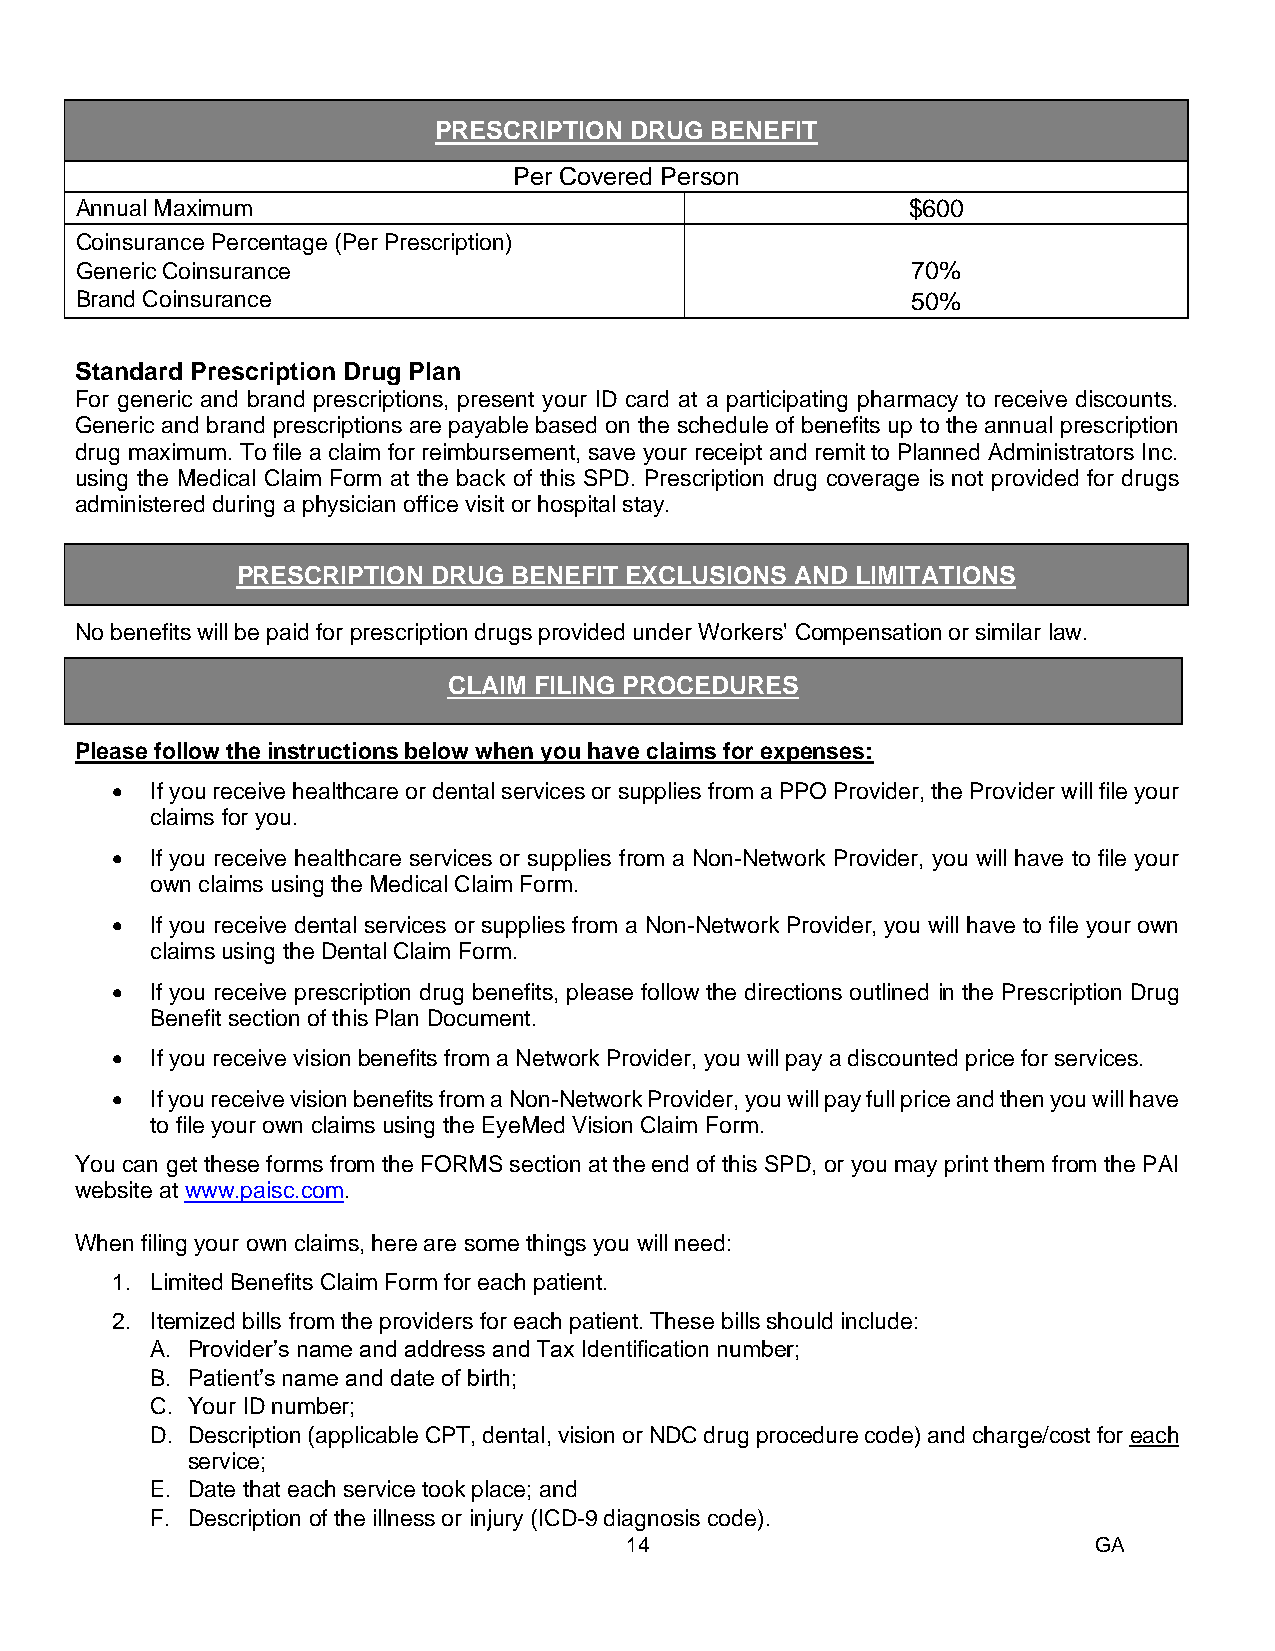
PRESCRIPTION DRUG BENEFIT
 Per Covered Person
 Annual Maximum                                         $600
 Coinsurance Percentage (Per Prescription)
 Generic Coinsurance                                    70%
 Brand Coinsurance                                      50%
 Standard Prescription Drug Plan
 For generic and brand prescriptions, present your ID card at a participating pharmacy to receive discounts.
 Generic and brand prescriptions are payable based on the schedule of benefits up to the annual prescription
 drug maximum. To file a claim for reimbursement, save your receipt and remit to Planned Administrators Inc.
 using the Medical Claim Form at the back of this SPD. Prescription drug coverage is not provided for drugs
 administered during a physician office visit or hospital stay.
 PRESCRIPTION DRUG BENEFIT EXCLUSIONS AND LIMITATIONS
 14B
 No benefits will be paid for prescription drugs provided under Workers' Compensation or similar law.
 CLAIM FILING PROCEDURES
 15B
 Please follow the instructions below when you have claims for expenses:
 •  If you receive healthcare or dental services or supplies from a PPO Provider, the Provider will file your
 claims for you.
 •  If you receive healthcare services or supplies from a Non-Network Provider, you will have to file your
 own claims using the Medical Claim Form.
 •  If you receive dental services or supplies from a Non-Network Provider, you will have to file your own
 claims using the Dental Claim Form.
 •  If you receive prescription drug benefits, please follow the directions outlined in the Prescription Drug
 Benefit section of this Plan Document.
 •  If you receive vision benefits from a Network Provider, you will pay a discounted price for services.
 •  If you receive vision benefits from a Non-Network Provider, you will pay full price and then you will have
 to file your own claims using the EyeMed Vision Claim Form.
 You can get these forms from the FORMS section at the end of this SPD, or you may print them from the PAI
 website at www.paisc.com.
 When filing your own claims, here are some things you will need:
 1. Limited Benefits Claim Form for each patient.
 2. Itemized bills from the providers for each patient. These bills should include:
 A. Provider’s name and address and Tax Identification number;
 B. Patient’s name and date of birth;
 C. Your ID number;
 D. Description (applicable CPT, dental, vision or NDC drug procedure code) and charge/cost for each
 service;
 E. Date that each service took place; and
 F. Description of the illness or injury (ICD-9 diagnosis code).
 14                              GA